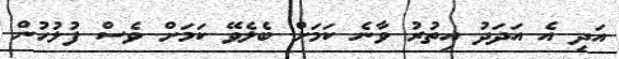
އަދި އެ އަދަދު އިތުރު ވާނެ ކަމަށް ބެލެވޭ ކަމަށް ވެސް ފުލުހުން